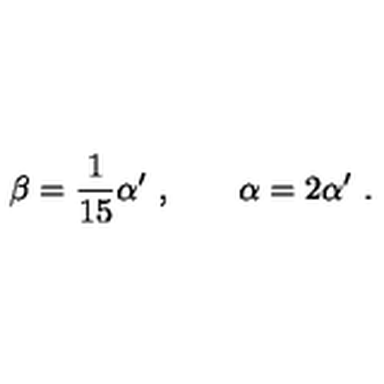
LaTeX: \beta = \frac { 1 } { 1 5 } \alpha ^ { \prime } \ , \qquad \alpha = 2 \alpha ^ { \prime } \ .